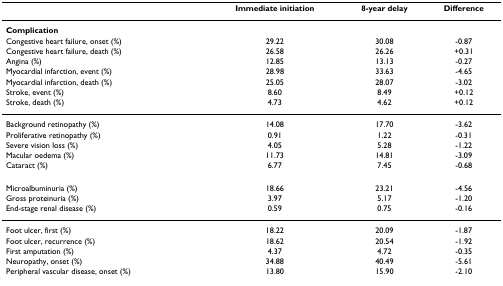
|  | Immediate initiation | 8-year delay | Difference |
 | --- | --- | --- | --- |
 | Complication |  |  |  |
 | Congestive heart failure, onset (%) | 29.22 | 30.08 | -0.87 |
 | Congestive heart failure, death (%) | 26.58 | 26.26 | +0.31 |
 | Angina (%) | 12.85 | 13.13 | -0.27 |
 | Myocardial infarction, event (%) | 28.98 | 33.63 | -4.65 |
 | Myocardial infarction, death (%) | 25.05 | 28.07 | -3.02 |
 | Stroke, event (%) | 8.60 | 8.49 | +0.12 |
 | Stroke, death (%) | 4.73 | 4.62 | +0.12 |
 | Background retinopathy (%) | 14.08 | 17.70 | -3.62 |
 | Proliferative retinopathy (%) | 0.91 | 1.22 | -0.31 |
 | Severe vision loss (%) | 4.05 | 5.28 | -1.22 |
 | Macular oedema (%) | 11.73 | 14.81 | -3.09 |
 | Cataract (%) | 6.77 | 7.45 | -0.68 |
 | Microalbuminuria (%) | 18.66 | 23.21 | -4.56 |
 | Gross proteinuria (%) | 3.97 | 5.17 | -1.20 |
 | End-stage renal disease (%) | 0.59 | 0.75 | -0.16 |
 | Foot ulcer, first (%) | 18.22 | 20.09 | -1.87 |
 | Foot ulcer, recurrence (%) | 18.62 | 20.54 | -1.92 |
 | First amputation (%) | 4.37 | 4.72 | -0.35 |
 | Neuropathy, onset (%) | 34.88 | 40.49 | -5.61 |
 | Peripheral vascular disease, onset (%) | 13.80 | 15.90 | -2.10 |